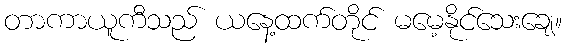
တာကာယူကီသည် ယနေ့ထက်တိုင် မမေ့နိုင်သေးချေ။